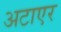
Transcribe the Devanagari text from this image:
अटाएर